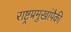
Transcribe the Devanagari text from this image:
राष्ट्रप्रमुखांपैकी